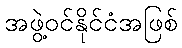
အဖွဲ့ဝင်နိုင်ငံအဖြစ်